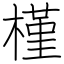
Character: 槿